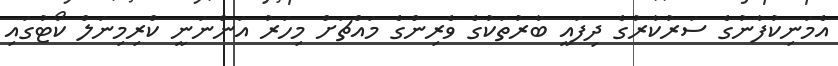
އެމަނިކުފާނުގެ ސަރުކާރުގެ ދިފައީ ބާރުތަކުގެ ވެރިންގެ މައްޗަށް މިހަރު އަންނަނީ ކްރިމިނަލް ކޯޓުގައި